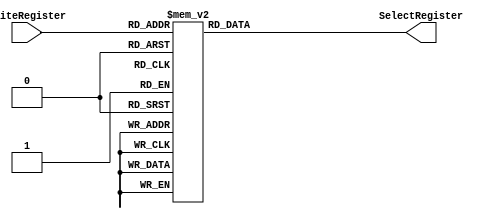
module DecoderRegisterFile
(
	input [4:0] WriteRegister,
	output [31:0] SelectRegister
);
reg [31:0] SelectRegister_reg;

always@(*)begin
	case(WriteRegister)
		0:   SelectRegister_reg = 32'b0000_0000_0000_0000_0000_0000_0000_0001;
		1:	  SelectRegister_reg = 32'b0000_0000_0000_0000_0000_0000_0000_0010;
		2:	  SelectRegister_reg = 32'b0000_0000_0000_0000_0000_0000_0000_0100;
		3:	  SelectRegister_reg = 32'b0000_0000_0000_0000_0000_0000_0000_1000;
		4:	  SelectRegister_reg = 32'b0000_0000_0000_0000_0000_0000_0001_0000;		
		5:	  SelectRegister_reg = 32'b0000_0000_0000_0000_0000_0000_0010_0000;
		6:	  SelectRegister_reg = 32'b0000_0000_0000_0000_0000_0000_0100_0000;
		7:	  SelectRegister_reg = 32'b0000_0000_0000_0000_0000_0000_1000_0000;
		8:	  SelectRegister_reg = 32'b0000_0000_0000_0000_0000_0001_0000_0000;
		9:	  SelectRegister_reg = 32'b0000_0000_0000_0000_0000_0010_0000_0000;
		10:  SelectRegister_reg = 32'b0000_0000_0000_0000_0000_0100_0000_0000;
		11:  SelectRegister_reg = 32'b0000_0000_0000_0000_0000_1000_0000_0000;
		12:  SelectRegister_reg = 32'b0000_0000_0000_0000_0001_0000_0000_0000;
		13:  SelectRegister_reg = 32'b0000_0000_0000_0000_0010_0000_0000_0000;
		14:  SelectRegister_reg = 32'b0000_0000_0000_0000_0100_0000_0000_0000;
		15:  SelectRegister_reg = 32'b0000_0000_0000_0000_1000_0000_0000_0000;
		16:  SelectRegister_reg = 32'b0000_0000_0000_0001_0000_0000_0000_0000;
		17:  SelectRegister_reg = 32'b0000_0000_0000_0010_0000_0000_0000_0000;
		18:  SelectRegister_reg = 32'b0000_0000_0000_0100_0000_0000_0000_0000;
		19:  SelectRegister_reg = 32'b0000_0000_0000_1000_0000_0000_0000_0000;
		20:  SelectRegister_reg = 32'b0000_0000_0001_0000_0000_0000_0000_0000;
		21:  SelectRegister_reg = 32'b0000_0000_0010_0000_0000_0000_0000_0000;		
		22:  SelectRegister_reg = 32'b0000_0000_0100_0000_0000_0000_0000_0000;
		23:  SelectRegister_reg = 32'b0000_0000_1000_0000_0000_0000_0000_0000;
		24:  SelectRegister_reg = 32'b0000_0001_0000_0000_0000_0000_0000_0000;
		25:  SelectRegister_reg = 32'b0000_0010_0000_0000_0000_0000_0000_0000;
		26:  SelectRegister_reg = 32'b0000_0100_0000_0000_0000_0000_0000_0000;
		27:  SelectRegister_reg = 32'b0000_1000_0000_0000_0000_0000_0000_0000;
		28:  SelectRegister_reg = 32'b0001_0000_0000_0000_0000_0000_0000_0000;
		29:  SelectRegister_reg = 32'b0010_0000_0000_0000_0000_0000_0000_0000;
		30:  SelectRegister_reg = 32'b0100_0000_0000_0000_0000_0000_0000_0000;
		31:  SelectRegister_reg = 32'b1000_0000_0000_0000_0000_0000_0000_0000;
	endcase
end

assign SelectRegister = SelectRegister_reg;

endmodule